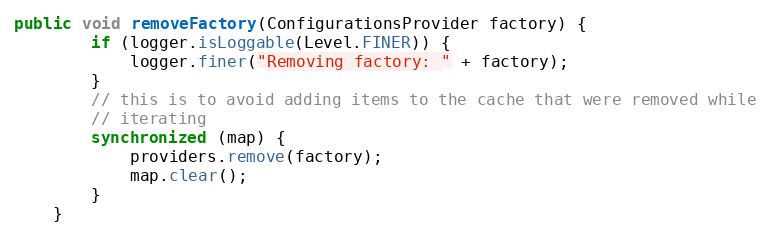
Language: Java
public void removeFactory(ConfigurationsProvider factory) {
		if (logger.isLoggable(Level.FINER)) {
			logger.finer("Removing factory: " + factory);
		}
		// this is to avoid adding items to the cache that were removed while
		// iterating
		synchronized (map) {
			providers.remove(factory);
			map.clear();
		}
	}